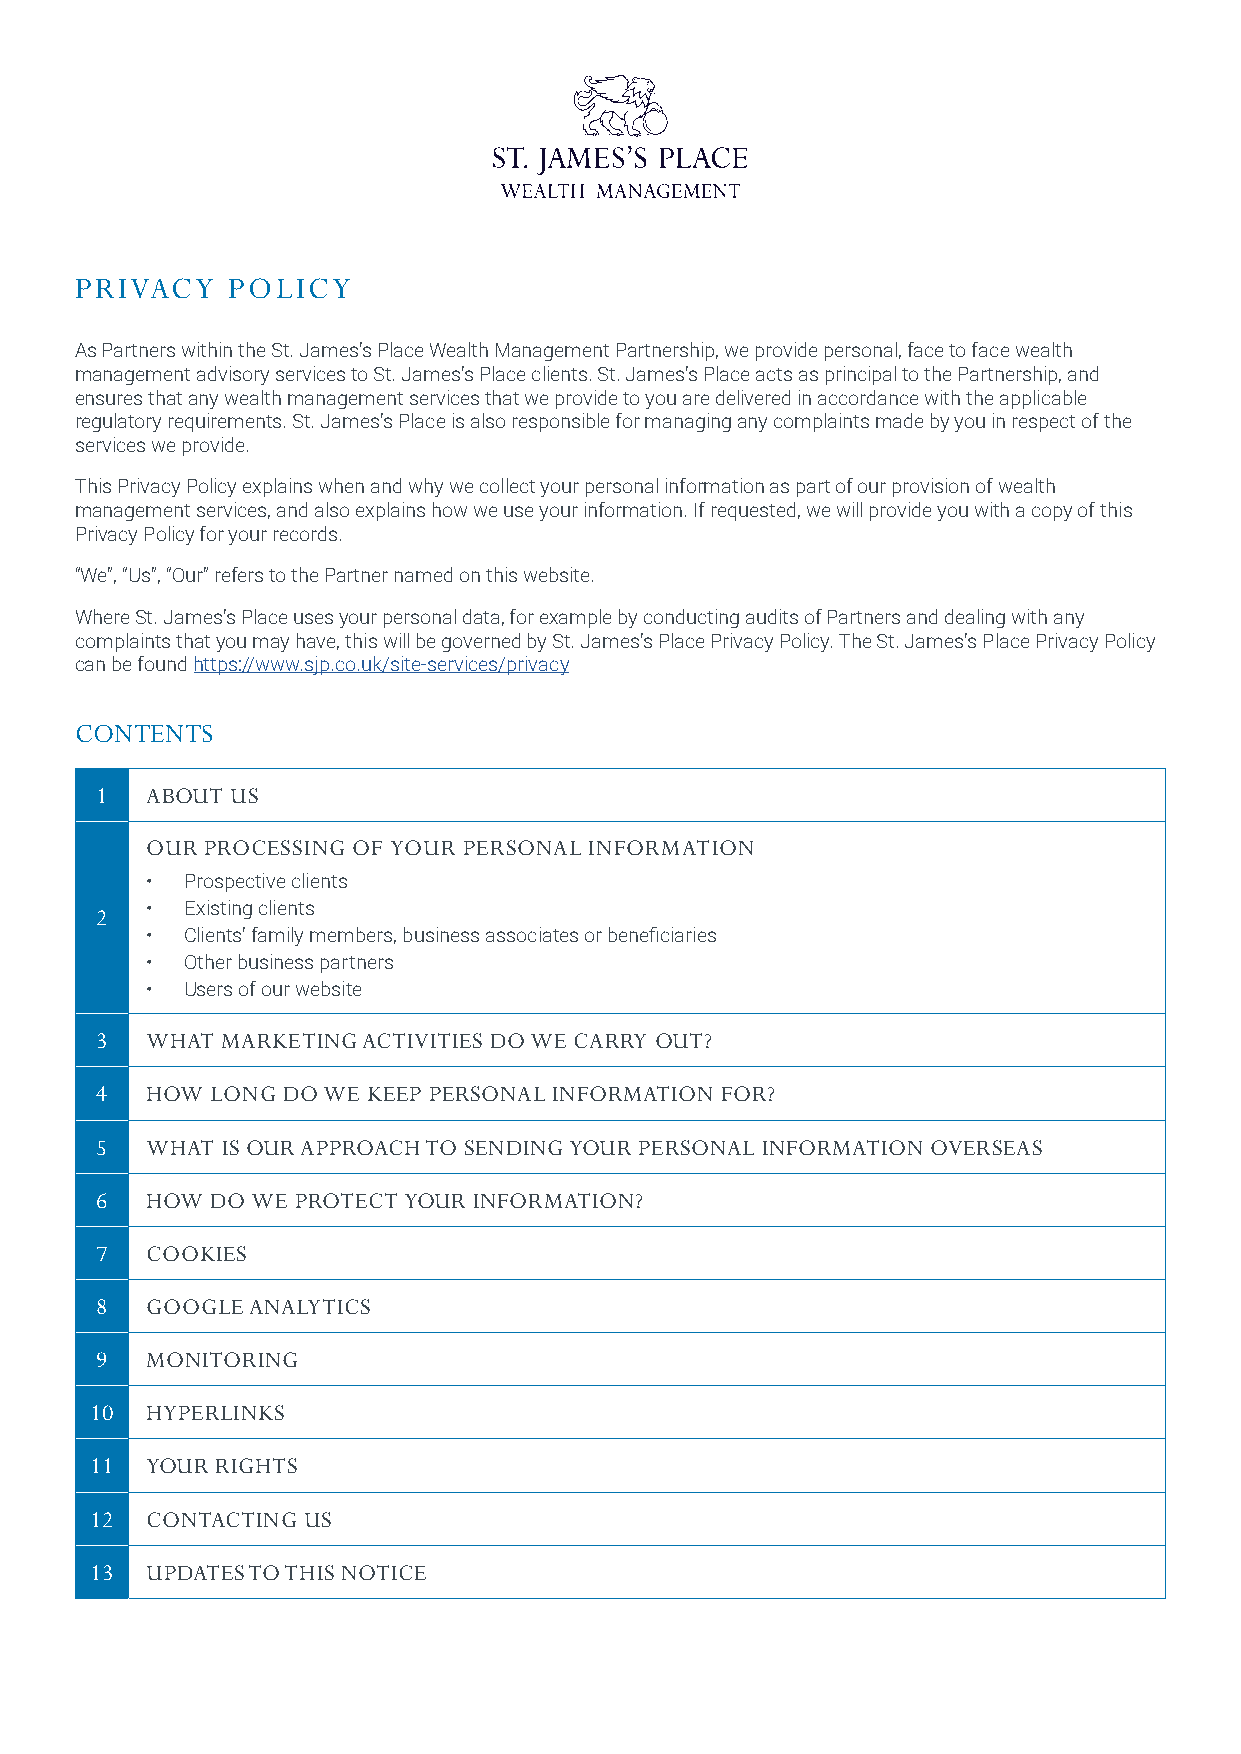
PRIVACY   POLICY
 As Partners within the St. James’s Place Wealth Management Partnership, we provide personal, face to face wealth
 management advisory services to St. James’s Place clients. St. James’s Place acts as principal to the Partnership, and
 ensures that any wealth management services that we provide to you are delivered in accordance with the applicable
 regulatory requirements. St. James’s Place is also responsible for managing any complaints made by you in respect of the
 services we provide.
 This Privacy Policy explains when and why we collect your personal information as part of our provision of wealth
 management services, and also explains how we use your information. If requested, we will provide you with a copy of this
 Privacy Policy for your records.
 “We”, “Us”, “Our” refers to the Partner named on this website.
 Where St. James’s Place uses your personal data, for example by conducting audits of Partners and dealing with any
 complaints that you may have, this will be governed by St. James’s Place Privacy Policy. The St. James’s Place Privacy Policy
 can be found https://www.sjp.co.uk/site-services/privacy
 CONTENTS
 1   ABOUT US
 OUR PROCESSING OF YOUR PERSONAL INFORMATION
 • Prospective clients
 • Existing clients
 2
 • Clients’ family members, business associates or beneficiaries
 • Other business partners
 • Users of our website
 3   WHAT MARKETING ACTIVITIES DO WE CARRY OUT?
 4   HOW LONG DO WE KEEP PERSONAL INFORMATION FOR?
 5   WHAT IS OUR APPROACH TO SENDING YOUR PERSONAL INFORMATION OVERSEAS
 6   HOW DO WE PROTECT YOUR INFORMATION?
 7   COOKIES
 8   GOOGLE ANALYTICS
 9   MONITORING
 10  HYPERLINKS
 11  YOUR RIGHTS
 12  CONTACTING US
 13  UPDATES TO THIS NOTICE